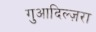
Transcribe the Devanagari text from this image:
गुआदिल्ज़रा